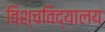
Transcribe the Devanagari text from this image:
विश्चविद्यालय